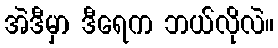
အဲဒီမှာ ဒီရေက ဘယ်လိုလဲ။